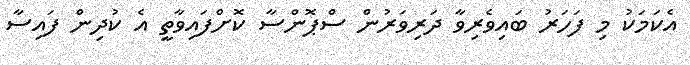
އެކަމަކު މި ފަހަރު ބައިވެރިވާ ދަރިވަރުން ސްޕޮންސާ ކޮށްފައިވާތީ އެ ކުދިން ފައިސާ